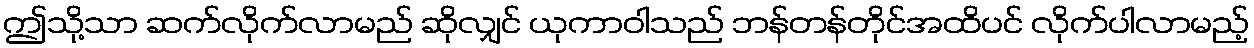
ဤသို့သာ ဆက်လိုက်လာမည် ဆိုလျှင် ယုကာဝါသည် ဘန်တန်တိုင်အထိပင် လိုက်ပါလာမည့်